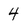
Character: 4